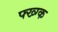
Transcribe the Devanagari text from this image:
फ्ख्ग्क